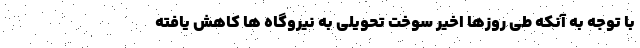
با توجه به آنکه طی روزها اخیر سوخت تحویلی به نیروگاه ها کاهش یافته